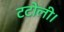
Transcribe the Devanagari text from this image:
टटोली।